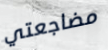
مضاجعتي